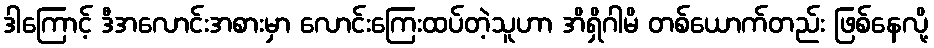
ဒါကြောင့် ဒီအလောင်းအစားမှာ လောင်းကြေးထပ်တဲ့သူဟာ အိရှိဂါမိ တစ်ယောက်တည်း ဖြစ်နေလို့